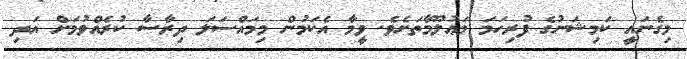
މިގެނައީ ކަމިޝަނުގެ ފުރިހަމަ މަޢުލޫމާތަށެވެ. ވީމާ އެކަމުން މިމައްސަލަ ދިރާސާ ކުރެއްވުމަށް އަދި